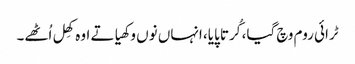
ٹرائی روم وچ گیا، کُرتا پایا، انہاں نوں وکھیا تے اوہ کھِل اُٹھے۔